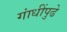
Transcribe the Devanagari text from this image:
गांधींपुढे